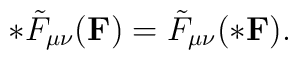
*\tilde F_{\mu\nu}({\bf F})=\tilde F_{\mu\nu}({\bf*F}).